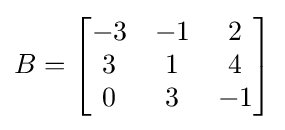
B={\begin{bmatrix}-3&-1&2\\3&1&4\\0&3&-1\end{bmatrix}}